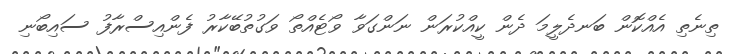
ތިނެތި އެއްކޮން ބަނދެލީމަ ދެން ކީއްކުރަން ނަންގަވާ ވޯޓެއްތޯ ވަގުތުބޭކާރު ފެންއިސްރާފު ސައިބޯނި